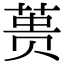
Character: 蒉